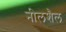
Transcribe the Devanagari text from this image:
नीलशैल